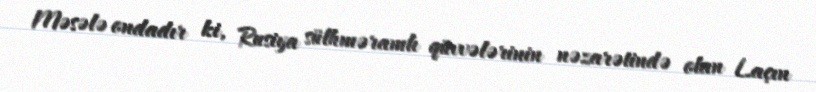
Məsələ ondadır ki, Rusiya sülhməramlı qüvvələrinin nəzarətində olan Laçın